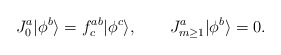
\begin{align*}J^a_0|\phi^b\rangle=f^{ab}_c|\phi^c\rangle,~~~~~~J^a_{m\ge1}|\phi^b\rangle=0.\end{align*}